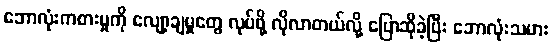
ဘောလုံးကစားမှုကို လျော့ချမှုတွေ လုပ်ဖို့ လိုလာတယ်လို့ ပြောဆိုခဲ့ပြီး ဘောလုံးသမား